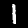
Digit: 1